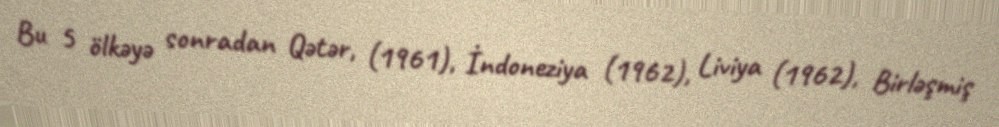
Bu 5 ölkəyə sonradan Qətər, (1961), İndoneziya (1962), Liviya (1962), Birləşmiş